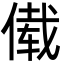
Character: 傤